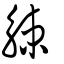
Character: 觫